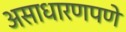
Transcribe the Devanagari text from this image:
असाधारणपणे